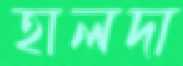
হালদা